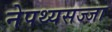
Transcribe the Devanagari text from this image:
नेपथ्यसज्जा